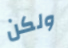
ولكن